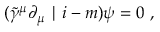
( \tilde { \gamma } ^ { \mu } \partial _ { \mu } \mid i - m ) \psi = 0 ~ ,